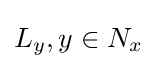
L_{y},y\in N_{x}